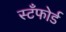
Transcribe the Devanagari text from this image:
स्टँफोर्ड